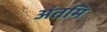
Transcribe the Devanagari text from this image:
अंतमि